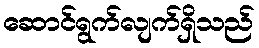
ဆောင်ရွက်လျက်ရှိသည်